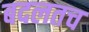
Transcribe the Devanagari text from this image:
बदलतच